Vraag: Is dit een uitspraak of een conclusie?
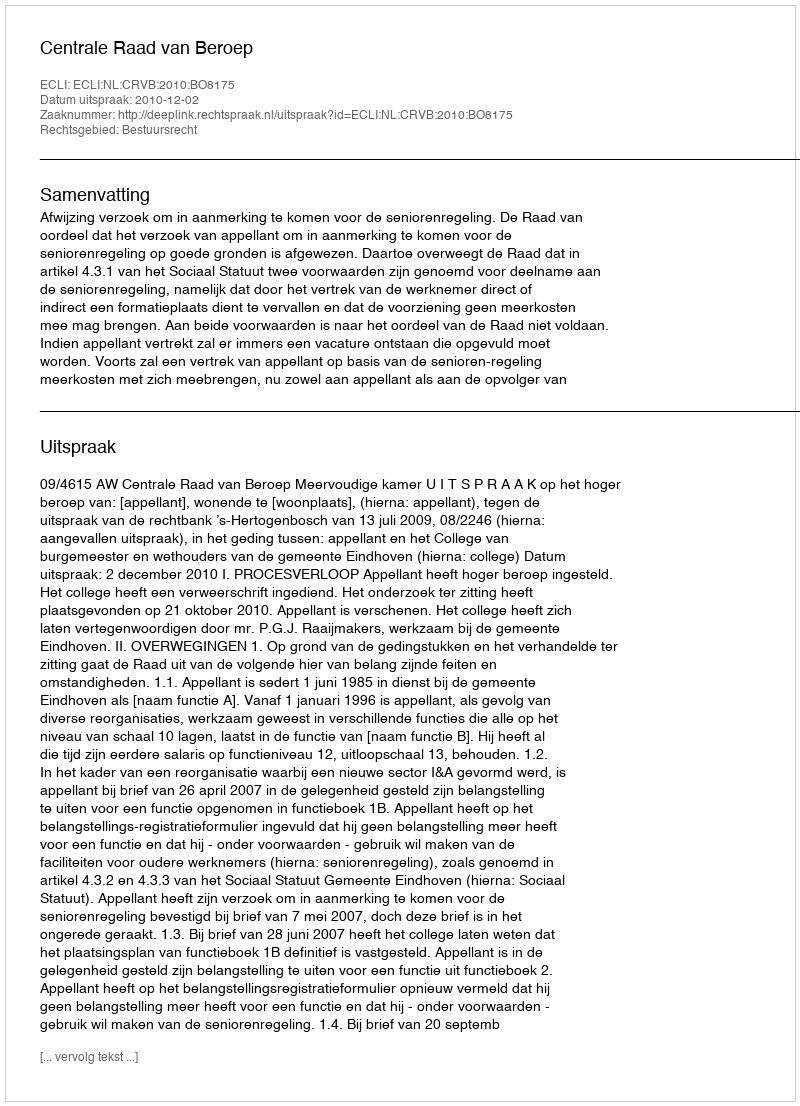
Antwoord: Uitspraak